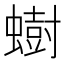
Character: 𫋚